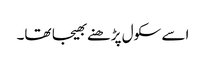
اسے سکول پڑھنے بھیجا تھا۔